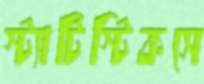
স্ট্যাটিস্টিকসে